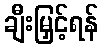
ချီးမြှင့်ရန်